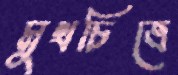
মুখচিত্রে